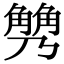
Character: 𧤢